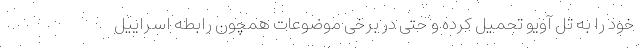
خود را به تل آویو تحمیل کرده و حتی در برخی موضوعات همچون رابطه اسراییل